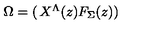
\Omega = \left( \begin{matrix} { X ^ { \Lambda } ( z ) } \\ { F _ { \Sigma } ( z ) } \\ \end{matrix} \right)